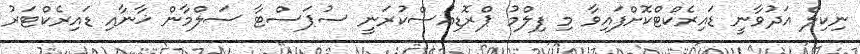
ނިކިލް އަދުވާނީ ޑައިރެކްޓްކޮށްފައިވާ މި ފިލްމު ޕްރޮޑިއުސްކުރަނީ ސުޕަސްޓާ ސަލްމާން ޚާނާއި ޑައިރެކްޓަރު